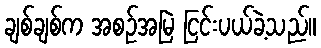
ချစ်ချစ်က အစဉ်အမြဲ ငြင်းပယ်ခဲ့သည်။